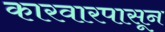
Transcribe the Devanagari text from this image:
कारवारपासून